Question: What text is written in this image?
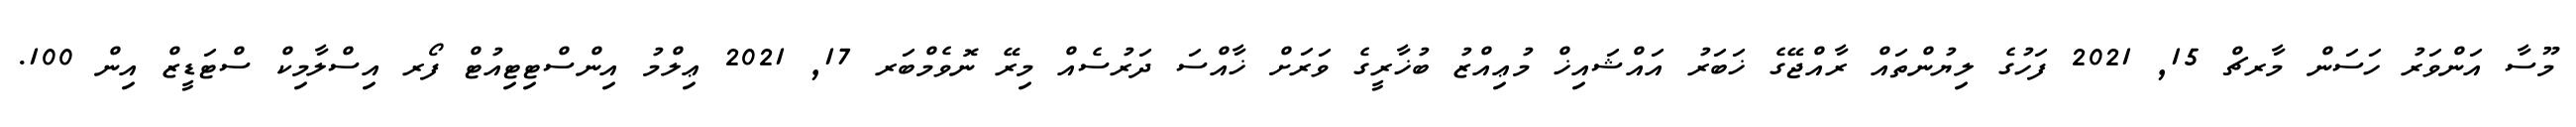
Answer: މޫސާ އަންވަރު ހަސަން މާރޗް 15, 2021 ފަހުގެ ލިޔުންތައް ރާއްޖޭގެ ޚަބަރު އައްޝައިޚް މުޢިއްޒު ބުޚާރީގެ ވަރަށް ޚާއްސަ ދަރުސެއް މިރޭ ނޮވެމްބަރ 17, 2021 ޢިލްމު އިންސްޓިޓިއުޓް ފޯރ އިސްލާމިކް ސްޓަޑީޒް އިން 100.